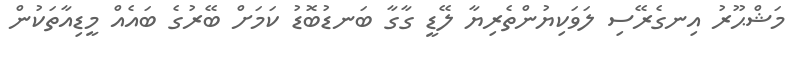
މަޝްޙޫރު އިނގެރޭސި ލަވަކިޔުންތެރިޔާ ލޭޑީ ގާގާ ބަނޑުބޮޑު ކަމަށް ބޭރުގެ ބައެއް މީޑިއާތަކުން